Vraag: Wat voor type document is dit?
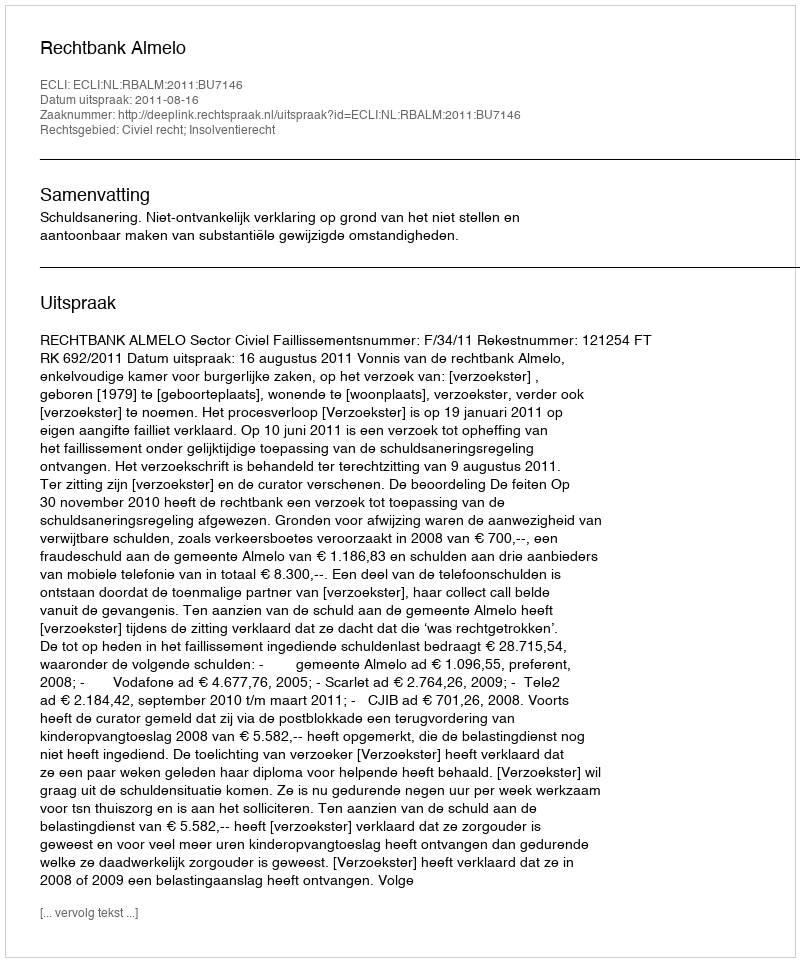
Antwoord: Uitspraak